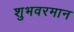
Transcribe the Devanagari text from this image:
शुभवरमान